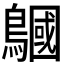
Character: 𪅦